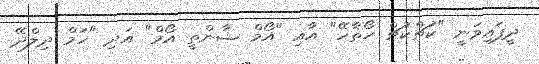
ދީފައިވަނީ "ކުޗްކުޗް ހޯތާހޭ" އާއި "އޯމް ޝާންތީ އޯމް" އަދި "ހަމް ދިލްދޭ